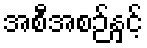
အစီအစဉ်နှင့်